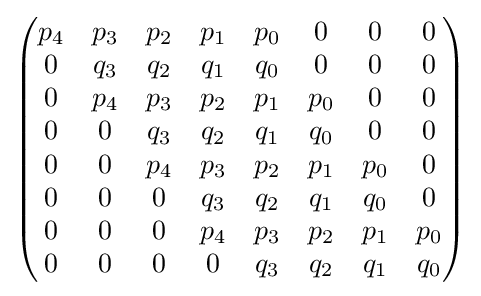
{\begin{pmatrix}p_{4}&p_{3}&p_{2}&p_{1}&p_{0}&0&0&0\\0&q_{3}&q_{2}&q_{1}&q_{0}&0&0&0\\0&p_{4}&p_{3}&p_{2}&p_{1}&p_{0}&0&0\\0&0&q_{3}&q_{2}&q_{1}&q_{0}&0&0\\0&0&p_{4}&p_{3}&p_{2}&p_{1}&p_{0}&0\\0&0&0&q_{3}&q_{2}&q_{1}&q_{0}&0\\0&0&0&p_{4}&p_{3}&p_{2}&p_{1}&p_{0}\\0&0&0&0&q_{3}&q_{2}&q_{1}&q_{0}\\\end{pmatrix}}